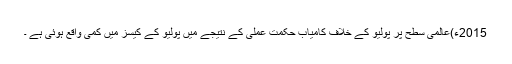
2015ء)عالمی سطح پر پولیو کے خلاف کامیاب حکمت عملی کے نتیجے میں پولیو کے کیسز میں کمی واقع ہوئی ہے ۔